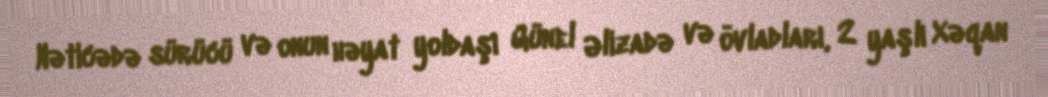
Nəticədə sürücü və onun həyat yoldaşı Günel Əlizadə və övladları, 2 yaşlı Xəqan